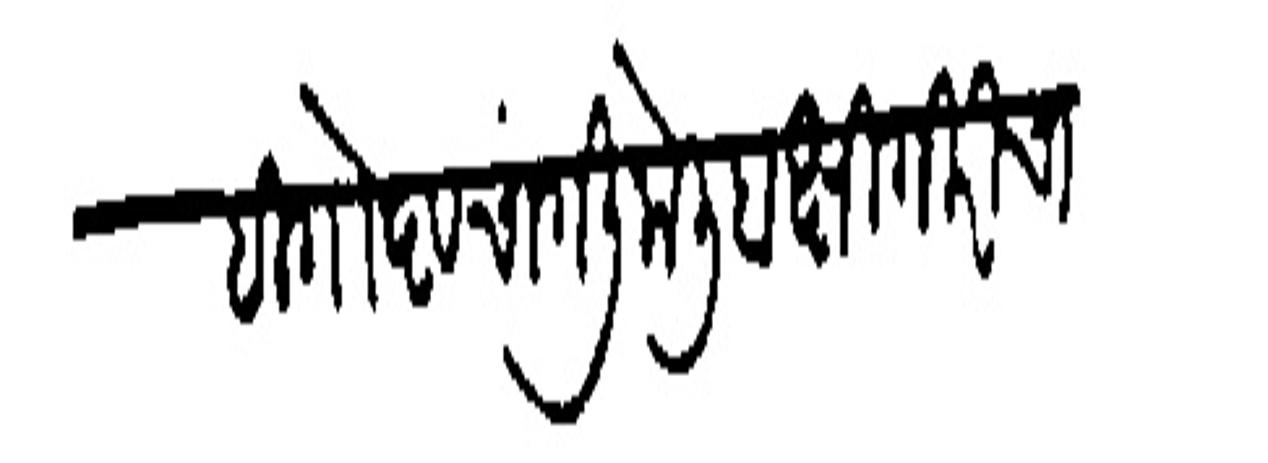
Transliteration (Devanagari): ही गोष्ट चांगली केली बक्षिगिरीचा